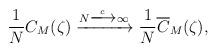
LaTeX: \begin{align*} \begin{aligned}\frac{1}{N} C_{M}(\zeta) \xrightarrow {N \xlongrightarrow{c} \infty} \frac{1}{N}\overline{C}_{M}(\zeta),\end{aligned}\end{align*}